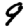
Digit: 9